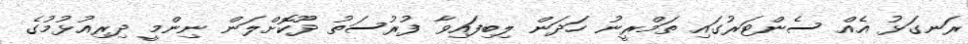
ރަނގަޅު އެއް ސެންޓަރުގައި ތަމްރީނު ހަދަން ލިބިފައިވާ ފުރުސަތު ދޫކޮށްލަން ނިންމީ ދިރިއުޅުމުގެ